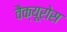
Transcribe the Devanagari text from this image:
वैक्यूरोस